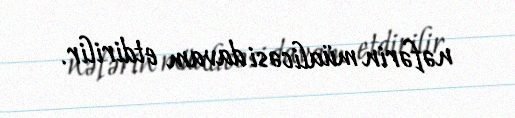
nəfərin müalicəsi davam etdirilir.